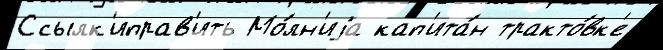
Ссылк'иправ'ить Мо́лн'иjа кап'ита́н тракто́вк'е